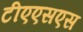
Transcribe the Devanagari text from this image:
टीएएसएस